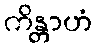
ကိန္တာဟံ